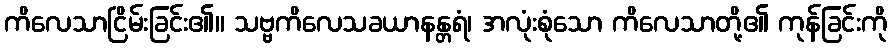
ကိလေသာငြိမ်းခြင်း၏။ သဗ္ဗကိလေသခယာနန္တရံ၊ အလုံးစုံသော ကိလေသာတို့၏ ကုန်ခြင်းကို